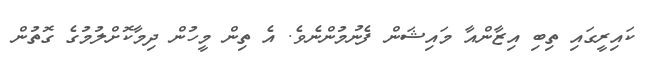
ކައިރީގައި ތިބި އިޒާންއާ މައިޝަން ފެނުމުންނެވެ. އެ ތިން މީހުން ދިމާކޮށްލުމުގެ ގޮތުން